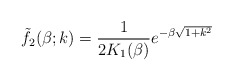
\begin{align*}\tilde{f}_{2}(\beta; k) = \frac{1}{2K_{1}(\beta)} e^{- \beta \sqrt{1+k^{2}}}\end{align*}